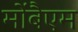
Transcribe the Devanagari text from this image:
मोंबैएम